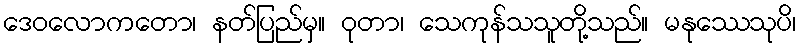
ဒေဝလောကတော၊ နတ်ပြည်မှ။ ဝုတာ၊ သေကုန်သသူတို့သည်။ မနုဿေသုပိ၊